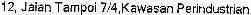
12, JALAN TAMPOI 7/4,KAWASAN PERINDUSTRIAN